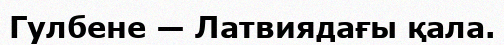
Гулбене — Латвиядағы қала.